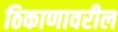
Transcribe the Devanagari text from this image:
ठिकाणावरील